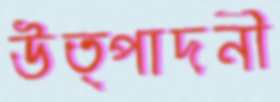
উত্পাদনী